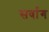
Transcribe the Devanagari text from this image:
सर्वाग